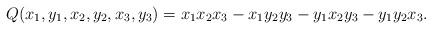
LaTeX: \begin{align*}Q(x_{1}, y_{1}, x_{2}, y_{2}, x_{3}, y_{3}) = x_{1}x_{2}x_{3} - x_{1}y_{2}y_{3} - y_{1}x_{2}y_{3} - y_{1}y_{2}x_{3}.\end{align*}